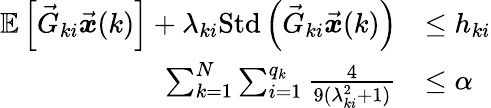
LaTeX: \begin{array}{rl}{\mathbb{E}\left[\vec{G}_{ki}\vec{\boldsymbol{x}}(k)\right]+\lambda_{ki}\mathrm{Std}\left(\vec{G}_{ki}\vec{\boldsymbol{x}}(k)\right)}&{\leq h_{ki}}\\ {\sum_{k=1}^{N}\sum_{i=1}^{q_{k}}\frac{4}{9(\lambda_{ki}^{2}+1)}}&{\leq\alpha}\end{array}